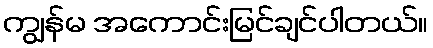
ကျွန်မ အကောင်းမြင်ချင်ပါတယ်။